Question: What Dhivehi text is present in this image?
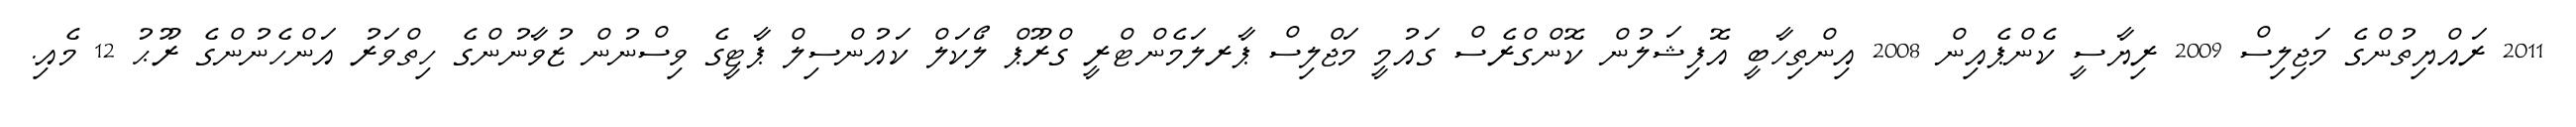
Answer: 2011 ރައްޔިތުންގެ މަޖިލިސް 2009 ރިޔާސީ ކެންޕެއިން 2008 އިންތިހާބީ އޮފިޝަލުން ކޮންގްރެސް ގައުމީ މަޖްލިސް ޕާރލަމެންޓްރީ ގްރޫޕް ލޯކަލް ކައުންސިލް ޕާޓީގެ ވިސްނުން ޒުވާނުންގެ ހިތްވަރު އަންހެނުންގެ ރޫޙު 12 މެއި.